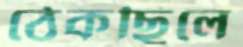
ঠেকছিলে